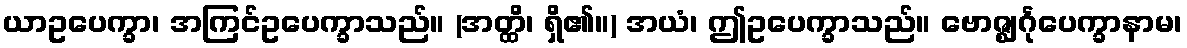
ယာဥပေက္ခာ၊ အကြင်ဥပေက္ခာသည်။ (အတ္ထိ၊ ရှိ၏။) အယံ၊ ဤဥပေက္ခာသည်။ ဗောဇ္ဈင်္ဂုပေက္ခာနာမ၊